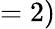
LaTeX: =2)